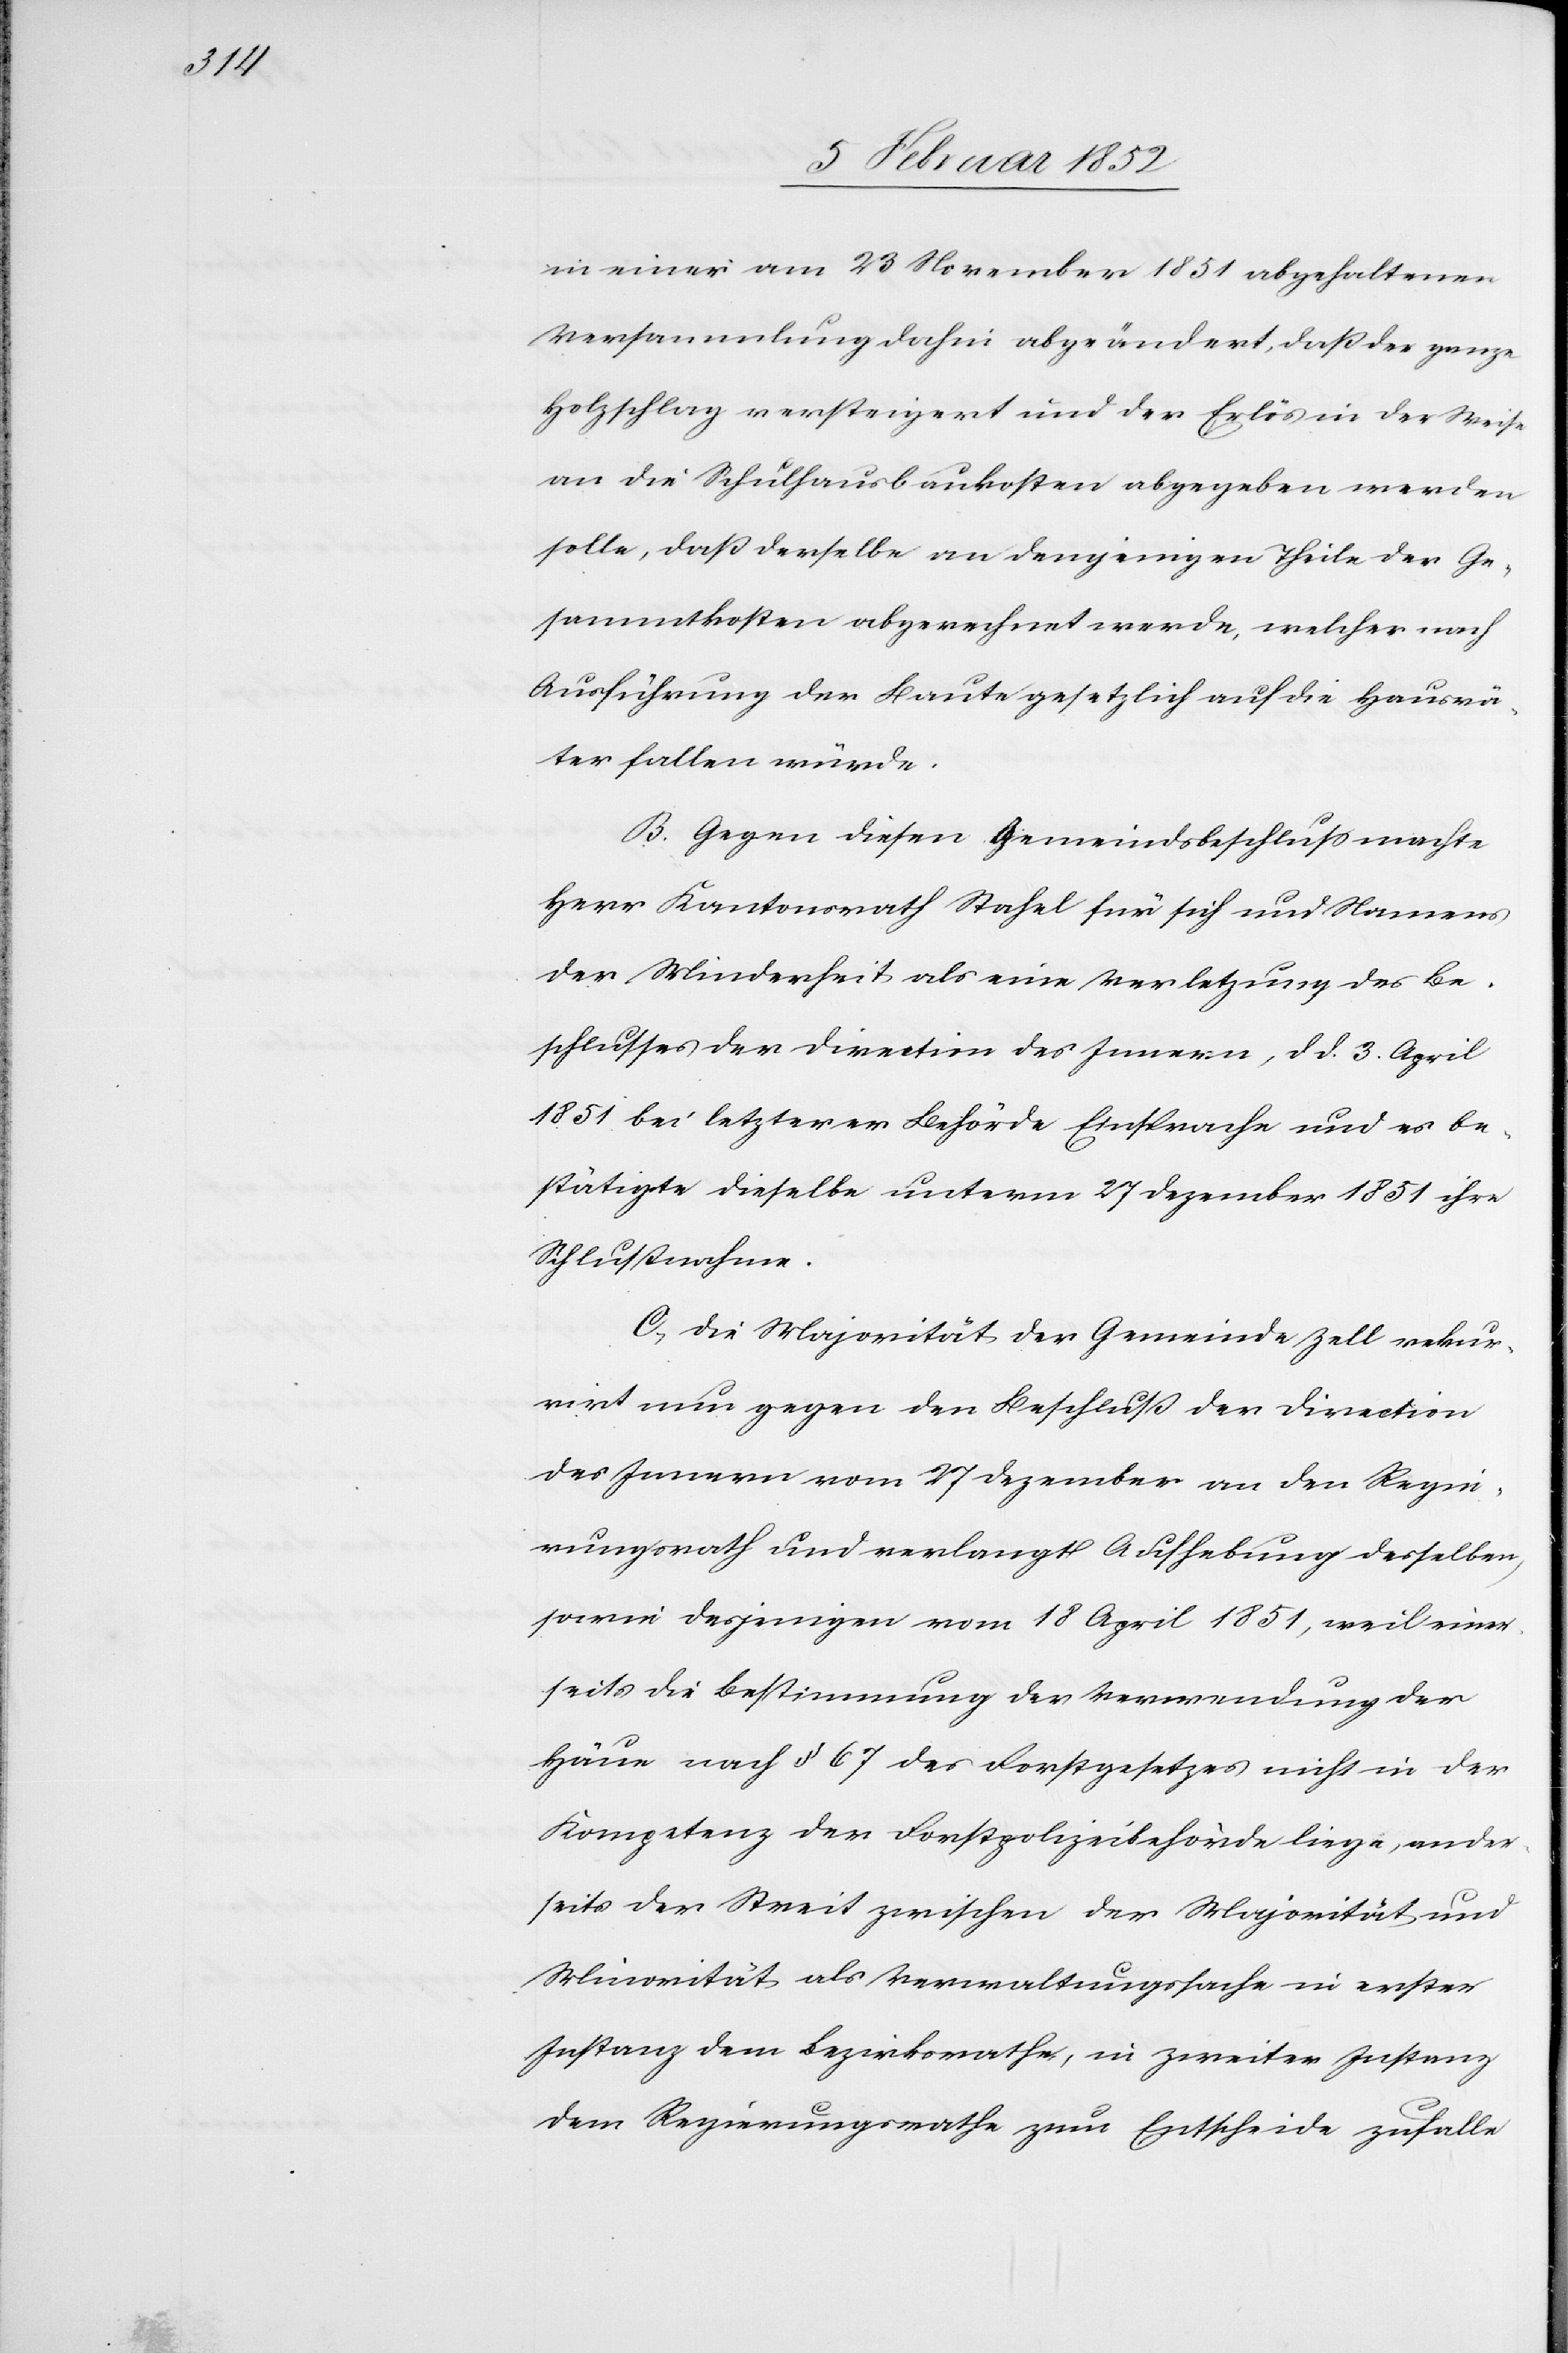
in einer am 23 November 1851 abgehaltenen
Versammlung dahin abgeändert, daß der ganze
Holzschlag versteigert und der Erlös in der Weise
an die Schulhausbaukosten abgerechnet werde,
Ausführung der Baute gesetzlich auf die Hausvä¬
ter fallen würde.
B. Gegen diesen Gemeindsbeschluß machte
Herr Kantonsrath Stahel für sich und Namens
der Minderheit als eine Verletzung des Be¬
schlusses der Direction des Innern, d. d. 3. April
1851 bei letzterer Behörde Einsprache und es be¬
stätigte dieselbe unterm 27 Dezember 1851 ihre
Schlußnahme.
C.) Die Majorität der Gemeinde Zell rekur¬
rirt nun gegen den Beschluß der Direction
des Innern vom 27 Dezember an den Regie¬
rungsrath und verlangt Aufhebung desselben,
sowie desjenigen vom 18 April 1851, weil einer¬
seits die Bestimmung der Verwendung der
Häue nach § 67 des Forstgesetzes nicht in der
Kompetenz der Forstpolizeibehörde liege, ander¬
seits der Streit zwischen der Mayorität und
Minorität als Verwaltungssache in erster
Instanz dem Bezirksrathe, in zweiter Instanz
dem Regierungsrathe zum Entscheide zufalle